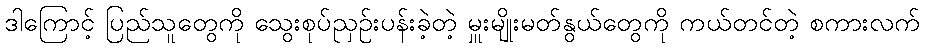
ဒါကြောင့် ပြည်သူတွေကို သွေးစုပ်ညှဉ်းပန်းခဲ့တဲ့ မှူးမျိုးမတ်နွယ်တွေကို ကယ်တင်တဲ့ စကားလက်